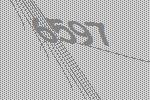
6597